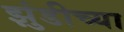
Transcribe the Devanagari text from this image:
झुंडीच्या